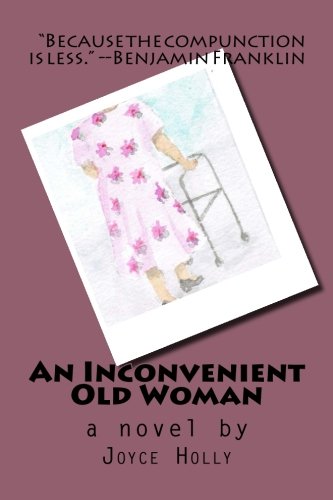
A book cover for An Inconvenient Old Woman (Realities of Aging) (Volume 2); Joyce Holly; Law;